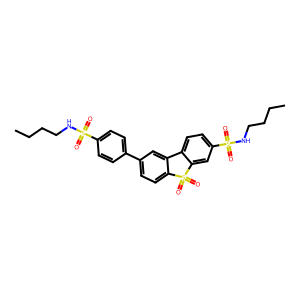
SMILES: CCCCNS(=O)(=O)c1ccc(-c2ccc3c(c2)-c2ccc(S(=O)(=O)NCCCC)cc2S3(=O)=O)cc1
Inhibits HIV replication: No